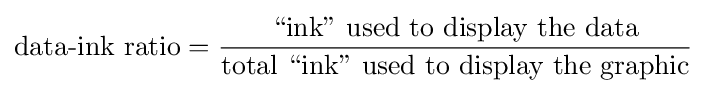
{\text{data-ink ratio}}={\frac {\text{“ink” used to display the data}}{\text{total “ink” used to display the graphic}}}